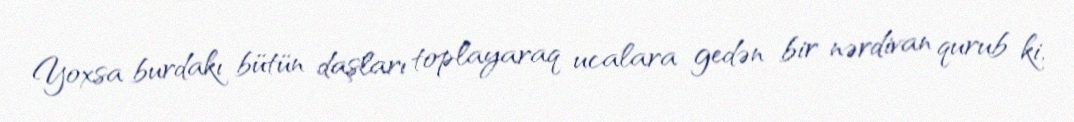
Yoxsa burdakı bütün daşları toplayaraq ucalara gedən bir nərdivan qurub ki,